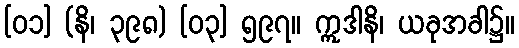
[၀၁] (နိ၊ ၃၉၈) [၀၃] ၅၉၇။ ဣဒါနိ၊ ယခုအခါ၌။